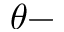
\theta -